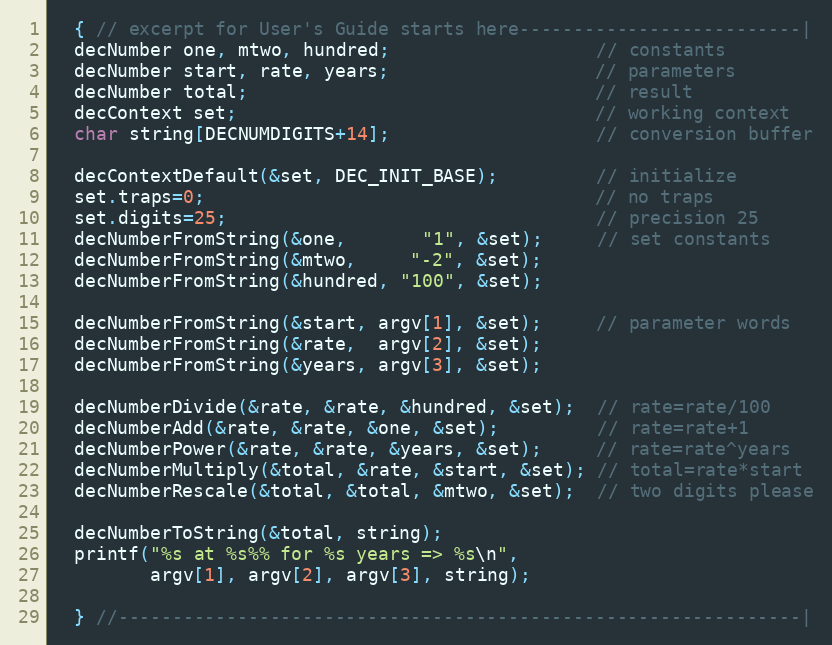
Language: C
  { // excerpt for User's Guide starts here--------------------------|
  decNumber one, mtwo, hundred;                   // constants
  decNumber start, rate, years;                   // parameters
  decNumber total;                                // result
  decContext set;                                 // working context
  char string[DECNUMDIGITS+14];                   // conversion buffer

  decContextDefault(&set, DEC_INIT_BASE);         // initialize
  set.traps=0;                                    // no traps
  set.digits=25;                                  // precision 25
  decNumberFromString(&one,       "1", &set);     // set constants
  decNumberFromString(&mtwo,     "-2", &set);
  decNumberFromString(&hundred, "100", &set);

  decNumberFromString(&start, argv[1], &set);     // parameter words
  decNumberFromString(&rate,  argv[2], &set);
  decNumberFromString(&years, argv[3], &set);

  decNumberDivide(&rate, &rate, &hundred, &set);  // rate=rate/100
  decNumberAdd(&rate, &rate, &one, &set);         // rate=rate+1
  decNumberPower(&rate, &rate, &years, &set);     // rate=rate^years
  decNumberMultiply(&total, &rate, &start, &set); // total=rate*start
  decNumberRescale(&total, &total, &mtwo, &set);  // two digits please

  decNumberToString(&total, string);
  printf("%s at %s%% for %s years => %s\n",
         argv[1], argv[2], argv[3], string);

  } //---------------------------------------------------------------|